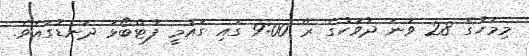
މިމަހުގެ 28 ވަނަ ދުވަހުގެ ރޭ 9:00 ގައި ގައުމީ ފުޓްބޯޅަ ދަނޑުގައެވެ.